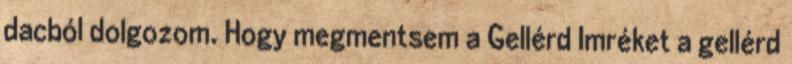
dacból dolgozom. Hogy megmentsem a Gellérd Imréket a gellérd